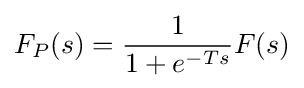
F_{P}(s)={\frac {1}{1+e^{-Ts}}}F(s)